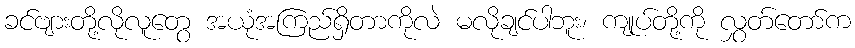
ခင်ဗျားတို့လိုလူတွေ အယုံအကြည်ရှိတာကိုလဲ မလိုချင်ပါဘူး၊ ကျုပ်တို့ကို လွှတ်တော်က